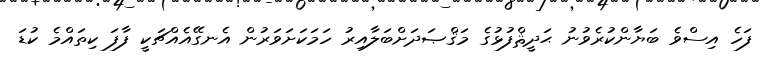
ފަހެ އިސްވެ ބަޔާންކުރެވުނު ޙަދީޘްފުޅުގެ މަޤްޞަދަށްބަލާއިރު ހަމަކަށަވަރުން އެނގޭއެއްޗަކީ ފާފަ ކިތައްމެ ކުޑަ